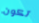
تكون